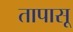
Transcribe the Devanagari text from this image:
तापासू